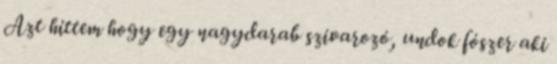
Azt hittem hogy egy nagydarab szivarozó, undok fószer aki